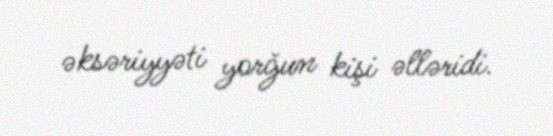
əksəriyyəti yorğun kişi əlləridi.